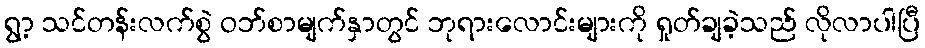
ရွာ့ သင်တန်းလက်စွဲ ဝဘ်စာမျက်နှာတွင် ဘုရားလောင်းများကို ရှုတ်ချခဲ့သည် လိုလာပါပြီ